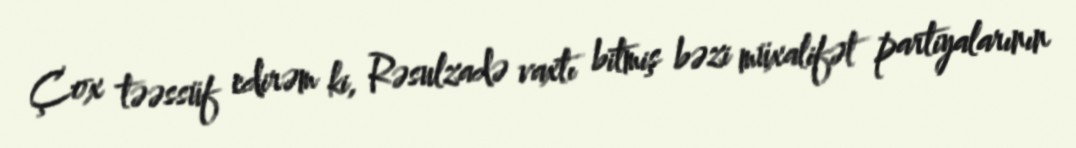
Çox təəssüf edirəm ki, Rəsulzadə vaxtı bitmiş bəzi müxalifət partiyalarının